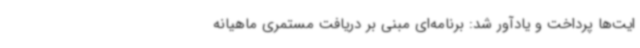
ایت‌ها پرداخت و یادآور شد: برنامه‌ای مبنی بر دریافت مستمری ماهیانه